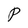
Character: P